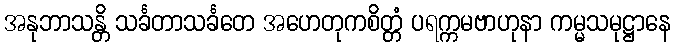
အနုဘာသန္တိ သင်္ခတာသင်္ခတေ အဟေတုကစိတ္တံ ပရက္ကမဗာဟုနာ ကမ္မသမုဋ္ဌာနေ